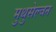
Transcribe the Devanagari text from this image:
मुथुसेल्वन